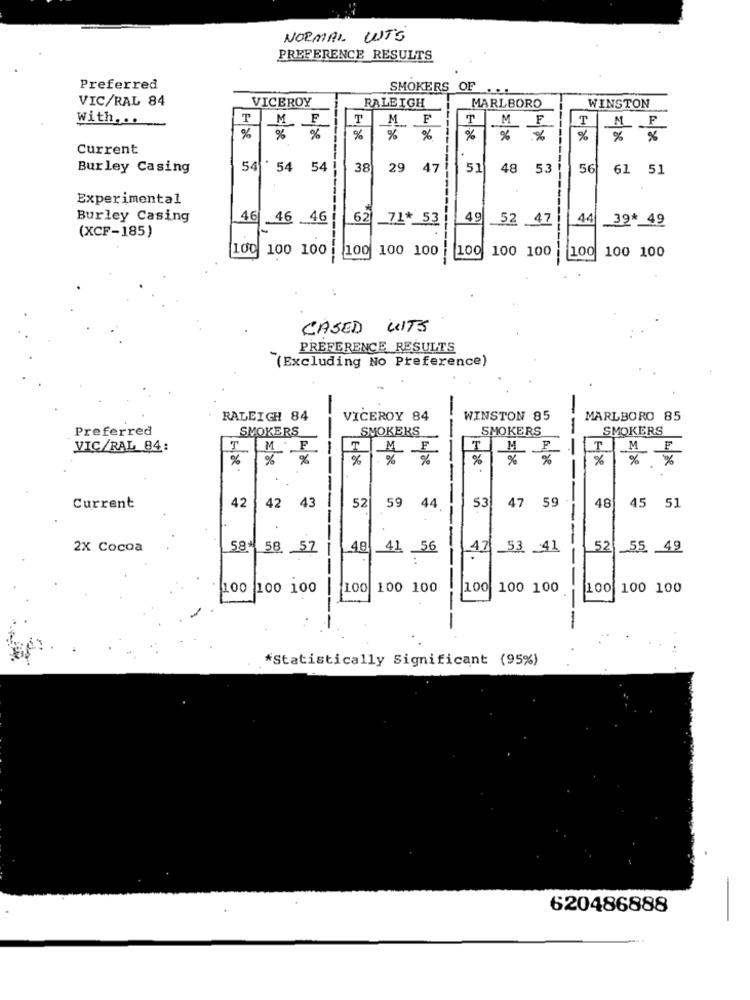
NORMAL WTS
PREFERENCE RESULTS
Preferred
SMOKERS OF
VIC/RAL 84
VICEROY
RALEIGH
MARLBORO
WINSTON
T
MF
T
MF
M
F
T
With ...
%
%
%
%
%
%
%
%
% %
Current
Burley Casing
54 ' 54
54
38
29
47
51
48
53
56
61 51
Experimental
Burley Casing
46
46
46
62
_71* 53
4g
52 .47
44
_39* 49
(XCF-185)
100
100 100
100
100 100
100
100 100
100
---
100 100
CASED WITS
PREFERENCE RESULTS
"(Excluding No Preference)
RALEIGH 84
VICEROY 84
WINSTON 85
MARLBORO 85
Preferred
SMOKERS
SMOKERS
--
SMOKERS
--
SMOKERS
VIC/RAL 84:
T. ME
T
M F
T
M
-
ME
%
%
----
%
%
%
%
%
% %
--
59
44
53
47
59
Current
42
42
43
52
48
45 51
--
2X Cocoa
584
58
57
48
41
56
4753 4]
52
55. 49
-
100 100 100
100
100 100
100 100 100
100 100 100
--
---
*Statistically Significant (95%)
620486888